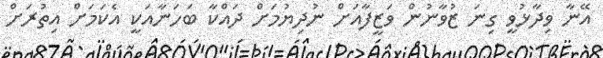
އޭނާ ވިދާޅުވީ ގިނަ ޒުވާނުން ވަޒީފާއަށް ނުދިޔުމަށް ދައްކާ ބަހަނާއަކީ އެކަމަށް އިތުރަށް